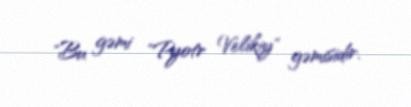
"Bu gəmi "Pyotr Velikiy" gəmisidir.